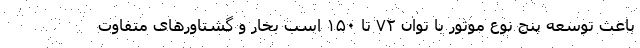
باعث توسعه پنج نوع موتور با توان ۷۲ تا ۱۵۰ اسب بخار و گشتاورهای متفاوت